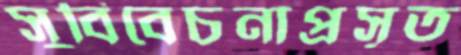
সুবিবেচনাপ্রসূত